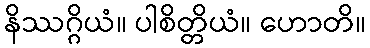
နိဿဂ္ဂိယံ။ ပါစိတ္တိယံ။ ဟောတိ။